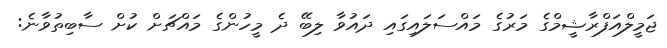
ޖަމީލްއަފްރާޝީމްގެ މަރުގެ މައްސަލައިގައި ދައުވާ ލިބޭ ދެ މީހުންގެ މައްޗަށް ކުށް ސާބިތުވާނެ: